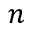
n